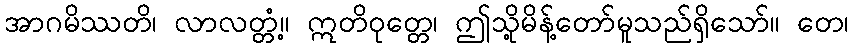
အာဂမိဿတိ၊ လာလတ္တံ့။ ဣတိဝုတ္တေ၊ ဤသို့မိန့်တော်မူသည်ရှိသော်။ တေ၊